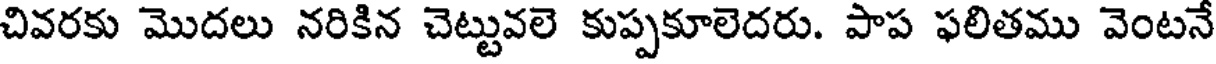
చివరకు మొదలు నరికిన చెట్టువలె కుప్పకూలెదరు. పాప ఫలితము వెంటనే